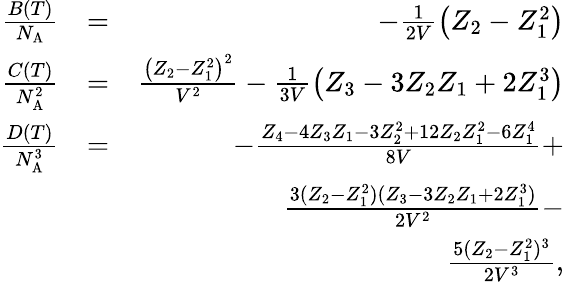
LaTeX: \begin{array}{rlr}{\frac{B(T)}{N_{\mathrm{A}}}}&{=}&{-\frac{1}{2V}\left(Z_{2}-Z_{1}^{2}\right)}\\ {\frac{C(T)}{N_{\mathrm{A}}^{2}}}&{=}&{\frac{\left(Z_{2}-Z_{1}^{2}\right)^{2}}{V^{2}}-\frac{1}{3V}\left(Z_{3}-3Z_{2}Z_{1}+2Z_{1}^{3}\right)}\\ {\frac{D(T)}{N_{\mathrm{A}}^{3}}}&{=}&{-\frac{Z_{4}-4Z_{3}Z_{1}-3Z_{2}^{2}+12Z_{2}Z_{1}^{2}-6Z_{1}^{4}}{8V}+}\\ &{}&{\frac{3(Z_{2}-Z_{1}^{2})(Z_{3}-3Z_{2}Z_{1}+2Z_{1}^{3})}{2V^{2}}-}\\ &{}&{\frac{5(Z_{2}-Z_{1}^{2})^{3}}{2V^{3}},}\end{array}